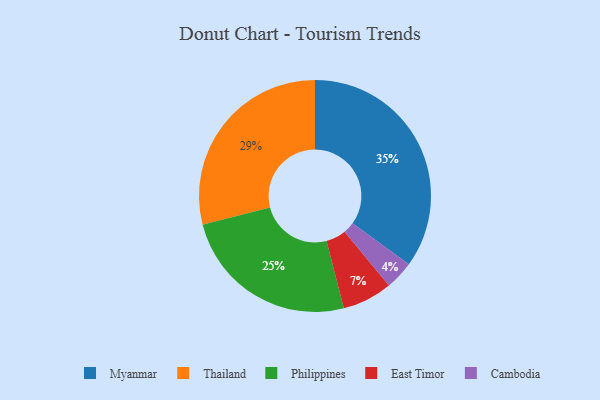
{"axis": {"x": "Category", "y": "Percentage"}, "legend": ["Cambodia", "East Timor", "Myanmar", "Philippines", "Thailand"], "data": [{"x": "Cambodia", "y": 4, "type": "Cambodia"}, {"x": "Myanmar", "y": 35, "type": "Myanmar"}, {"x": "East Timor", "y": 7, "type": "East Timor"}, {"x": "Thailand", "y": 29, "type": "Thailand"}, {"x": "Philippines", "y": 25, "type": "Philippines"}]}